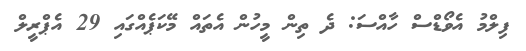
ފިލްމު އެވޯޑްސް ހާއްސަ: ދެ ތިން މީހުން އެތައް މޭކަޕެއްގައި 29 އެޕްރީލް